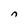
Character: n